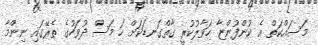
މަސައްކަތް އެ ކުންފުންޏާ ހަވާލުކުރީ ގާތްގަނޑަކަށް ހަ މަސް ދުވަހުގެ ތެރޭގައި ނިންމާ